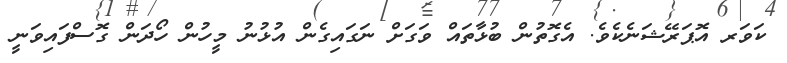
ކަވަރ އޮޕަރޭޝަނެކެވެ. އެގޮތުން ބުޅާތައް ވަގަށް ނަގައިގެން އުޅުނު މީހުން ހޯދަން ގޮސްފައިވަނީ